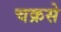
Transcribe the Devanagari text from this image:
चक्रसे